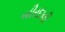
બીરદાવી